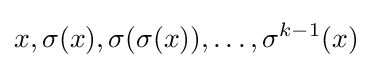
x,\sigma (x),\sigma (\sigma (x)),\ldots ,\sigma ^{k-1}(x)